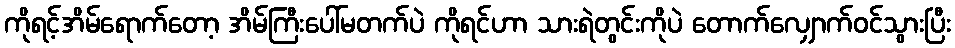
ကိုရင့်အိမ်ရောက်တော့ အိမ်ကြီးပေါ်မတက်ပဲ ကိုရင်ဟာ သားရဲတွင်းကိုပဲ တောက်လျှောက်ဝင်သွားပြီး